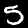
Digit: 5